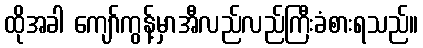
ထိုအခါ ကျော်ကွန့်မှာအီလည်လည်ကြီးခံစားရသည်။